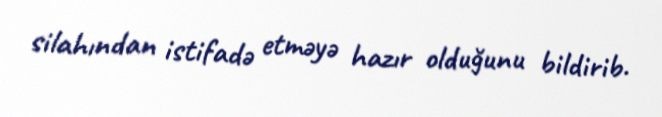
silahından istifadə etməyə hazır olduğunu bildirib.